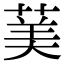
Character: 䓺